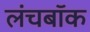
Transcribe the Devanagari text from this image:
लंचबॉक